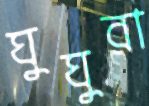
ঘুঘুরা